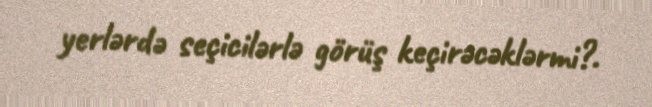
yerlərdə seçicilərlə görüş keçirəcəklərmi?.